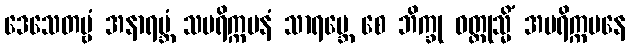
ဒေသေတဗ္ဗံ အနာရမ္ဘံ သပရိက္ကမနံ သာရမ္ဘေ စေ ဘိက္ခု ဝတ္ထုသ္မိံ အပရိက္ကမနေ